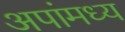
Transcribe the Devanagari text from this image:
अपांमध्य